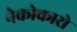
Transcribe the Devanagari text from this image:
नेकोकारो